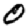
Digit: 0